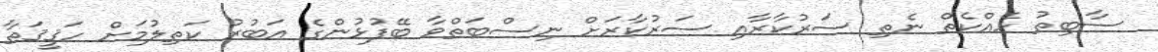
ސާބިތު ހެއްކެތް ނެތި ސަރުކާރާއި ސަރުކާރަށް ނިސްބަތްވާ ބޭފުޅުންގެ އަބުރު ކަތިލުމަށް ހަޤީޤަތާ